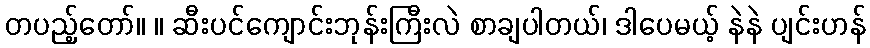
တပည့်တော်။ ။ ဆီးပင်ကျောင်းဘုန်းကြီးလဲ စာချပါတယ်၊ ဒါပေမယ့် နဲနဲ ပျင်းဟန်